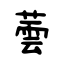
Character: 蕓